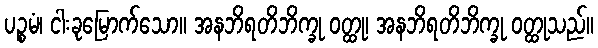
ပဉ္စမံ၊ ငါးခုမြောက်သော။ အနဘိရတိဘိက္ခု ဝတ္ထု၊ အနဘိရတိဘိက္ခု ဝတ္ထုသည်။